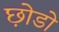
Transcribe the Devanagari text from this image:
छ़ोडो